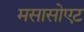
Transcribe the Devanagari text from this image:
मसासोएट